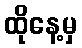
ထိုနေ့မှ